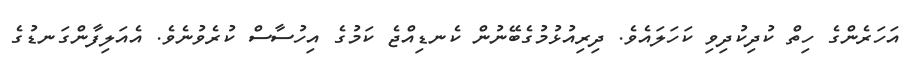
އަހަރެންގެ ހިތް ކުދިކުދިވި ކަހަލައެވެ. ދިރިއުޅުމުގެބޭނުން ކެނޑިއްޖެ ކަމުގެ އިހުސާސް ކުރެވުނެވެ. އެއަލިފާންގަނޑުގެ